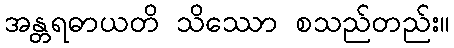
အန္တရဓာယတိ သိဿော စသည်တည်း။